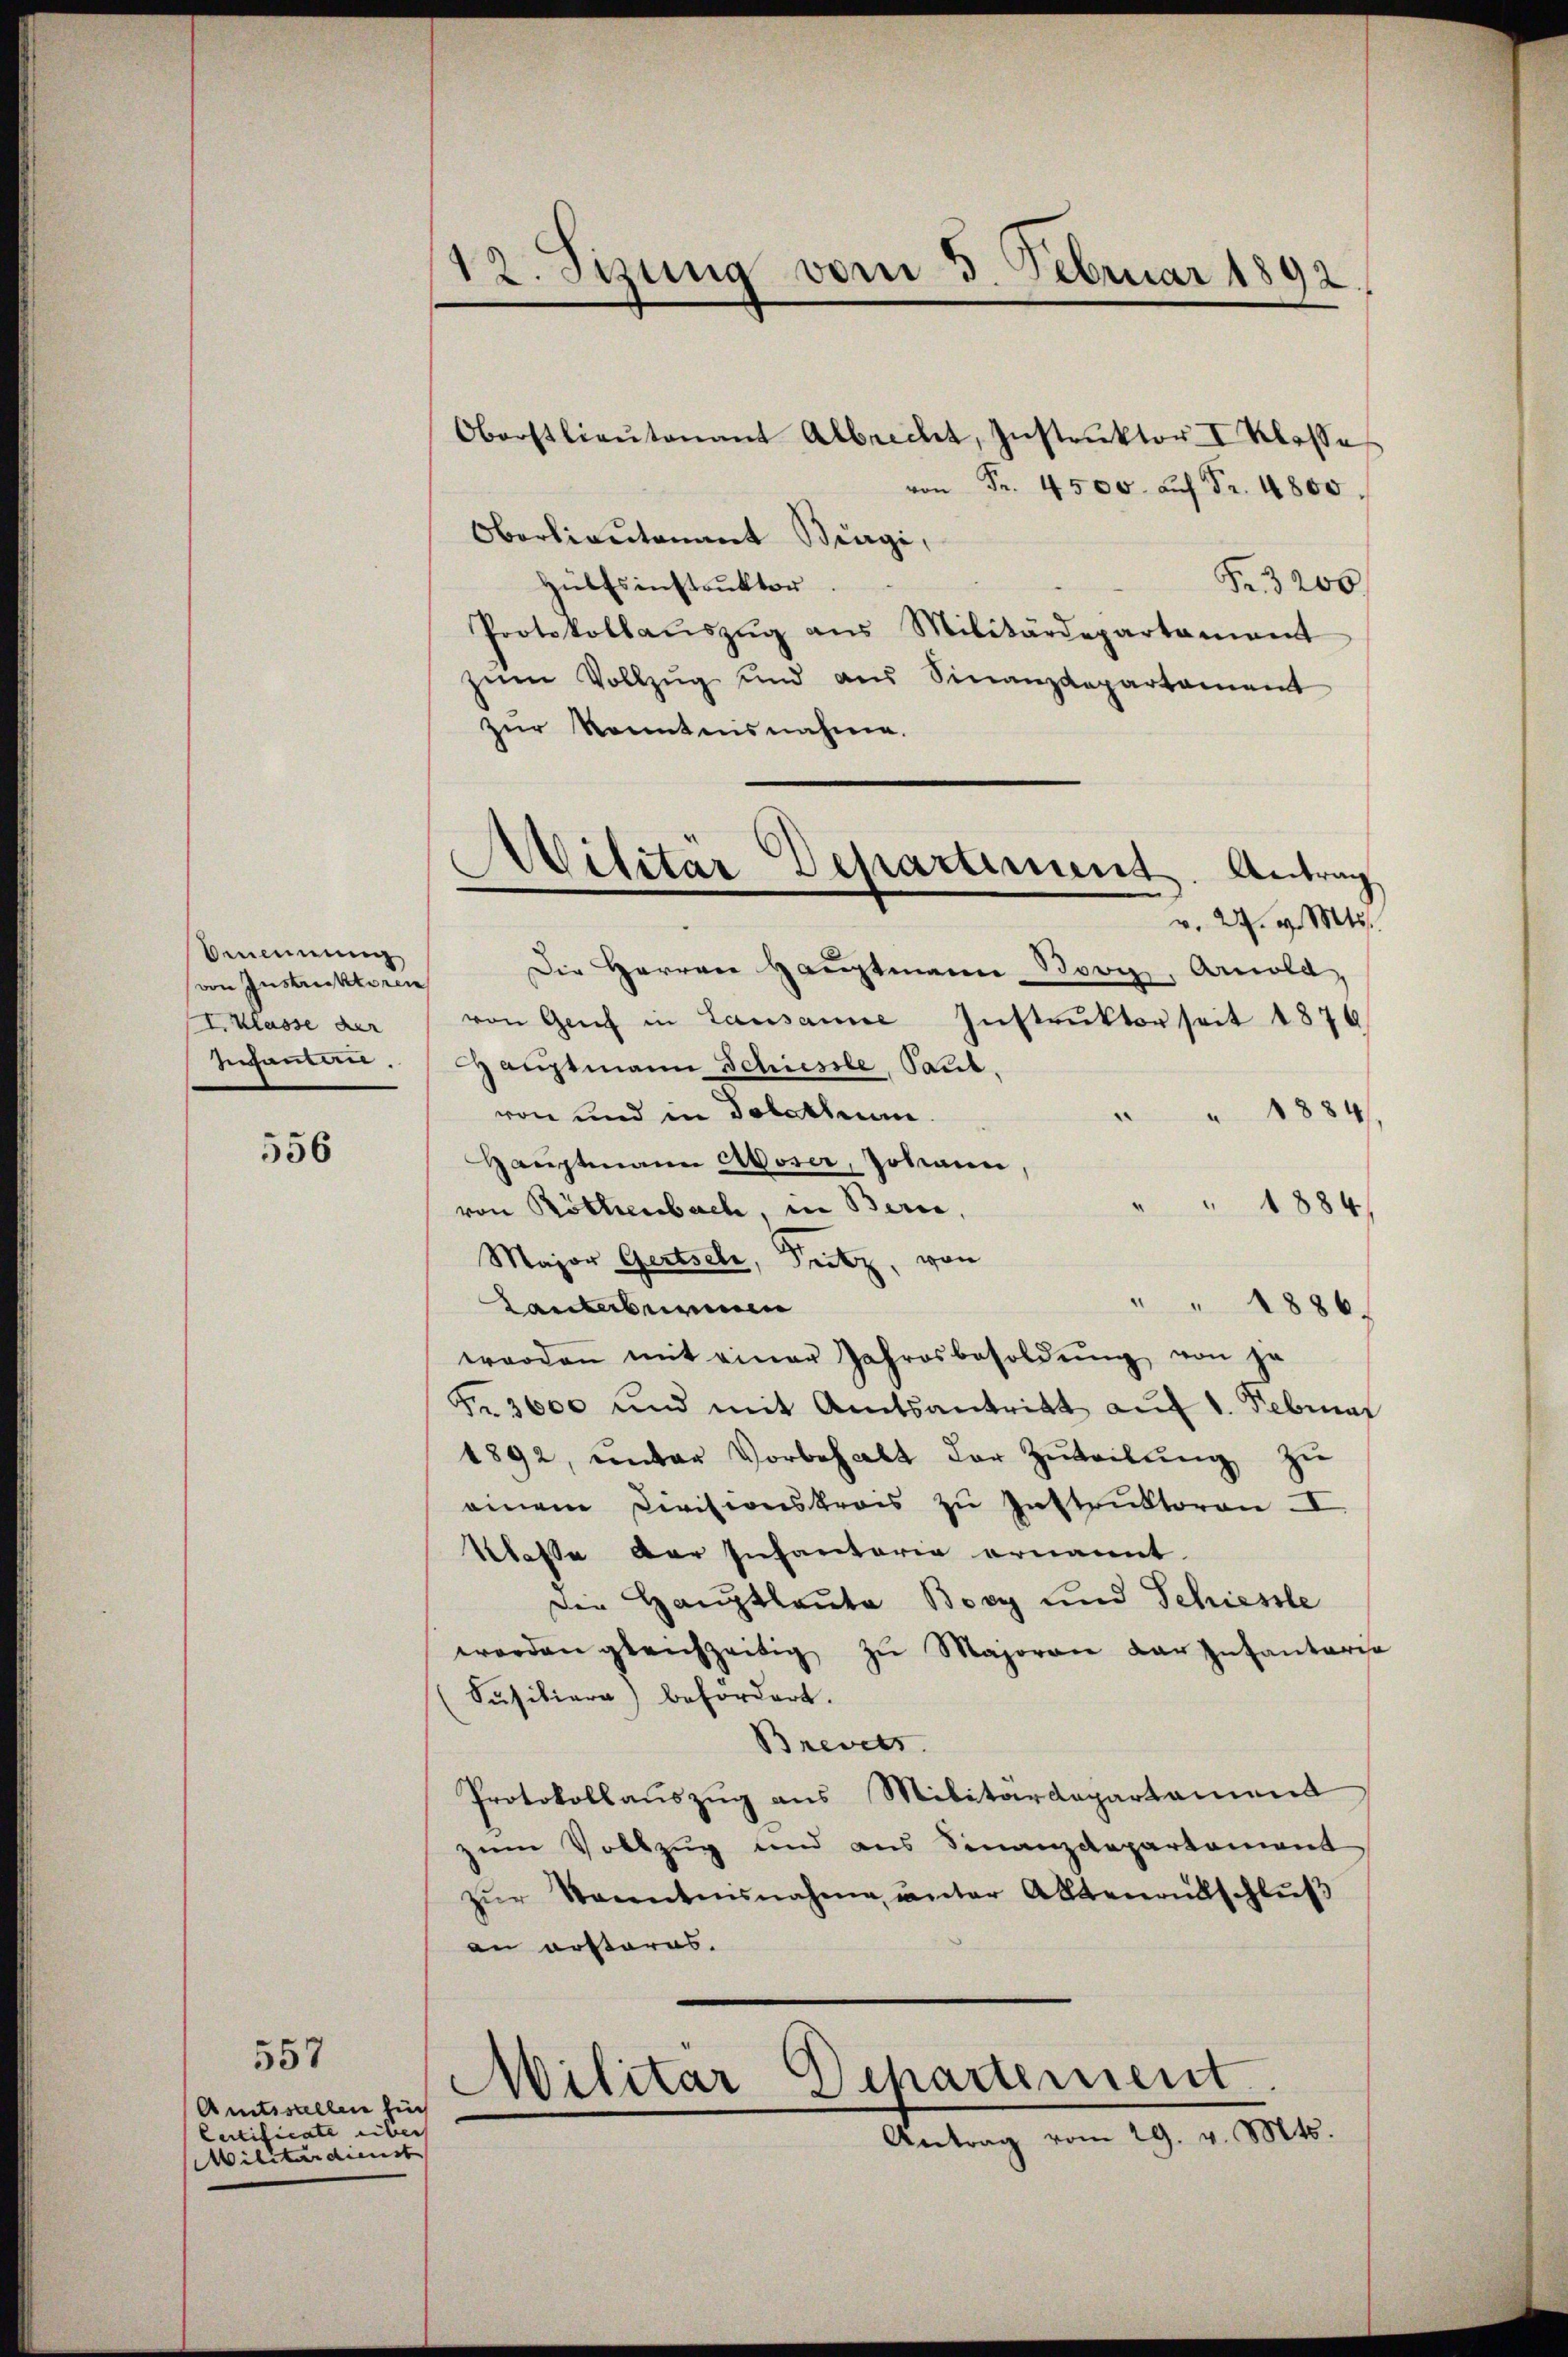
Benennung
von Instruktoren
I. Klasse der
zusammen.

556

557

Amtsstellen für
Certificate über
Militärdienst

12. Sitzung vom 3. Februar 1892.

Oberstlieŭtenant Albrecht, Instrŭktor I Klasse
 Fr. 4500 auf Fr. 4800.
Oberlieutenant Biagi,
Fr. 3200
Hülfsinstrŭktor.
Protokollaŭszŭg aŭs Militärdepartament
zŭm Vollzŭg und aus Sinanzdepartament
zur konntensnahme.
Die Herren Hauptmann Booy, Arnold,
von Genf in Lausanne Instruktor seit 1876
Hauptmann Schiessle, Paul,
von und in Solothurn.
¬
" 1884
Haŭptmann Moser, Johann,
 1884
von Röthenbach, in Berne,
Major Gertsele, Fritz, von
" " 1886.
Tanterberein
worden mit einer Jahresbesoldŭng von je
Fr. 3600 und mit Amtsantritt auf 1. Februar
1892, unter Vorbehalt der Zuteilŭng zu
einem Civisionskrais zu Instruktoren II
Klasse der Infantaria ernannt.
Die Hauptlaute Bory und Schiessle
worden gleichzeitig zŭ Majoran der Infantaris
Susitiere) befordert.
Brevets
Protokollauszug aus Militärdepartament
zum Vollzug und aus Finanzdepartament
zŭr Kenntnisnahme unter Aktenantschluß
an erstares.
Militar Departement
Antrag vom 29. v. Mts.

Militär Departiment. Antrag
v. 27. v. Mts.